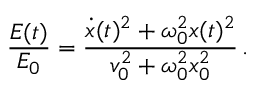
\frac { E ( t ) } { E _ { 0 } } = \frac { \dot { x } ( t ) ^ { 2 } + \omega _ { 0 } ^ { 2 } x ( t ) ^ { 2 } } { v _ { 0 } ^ { 2 } + \omega _ { 0 } ^ { 2 } x _ { 0 } ^ { 2 } } \, .